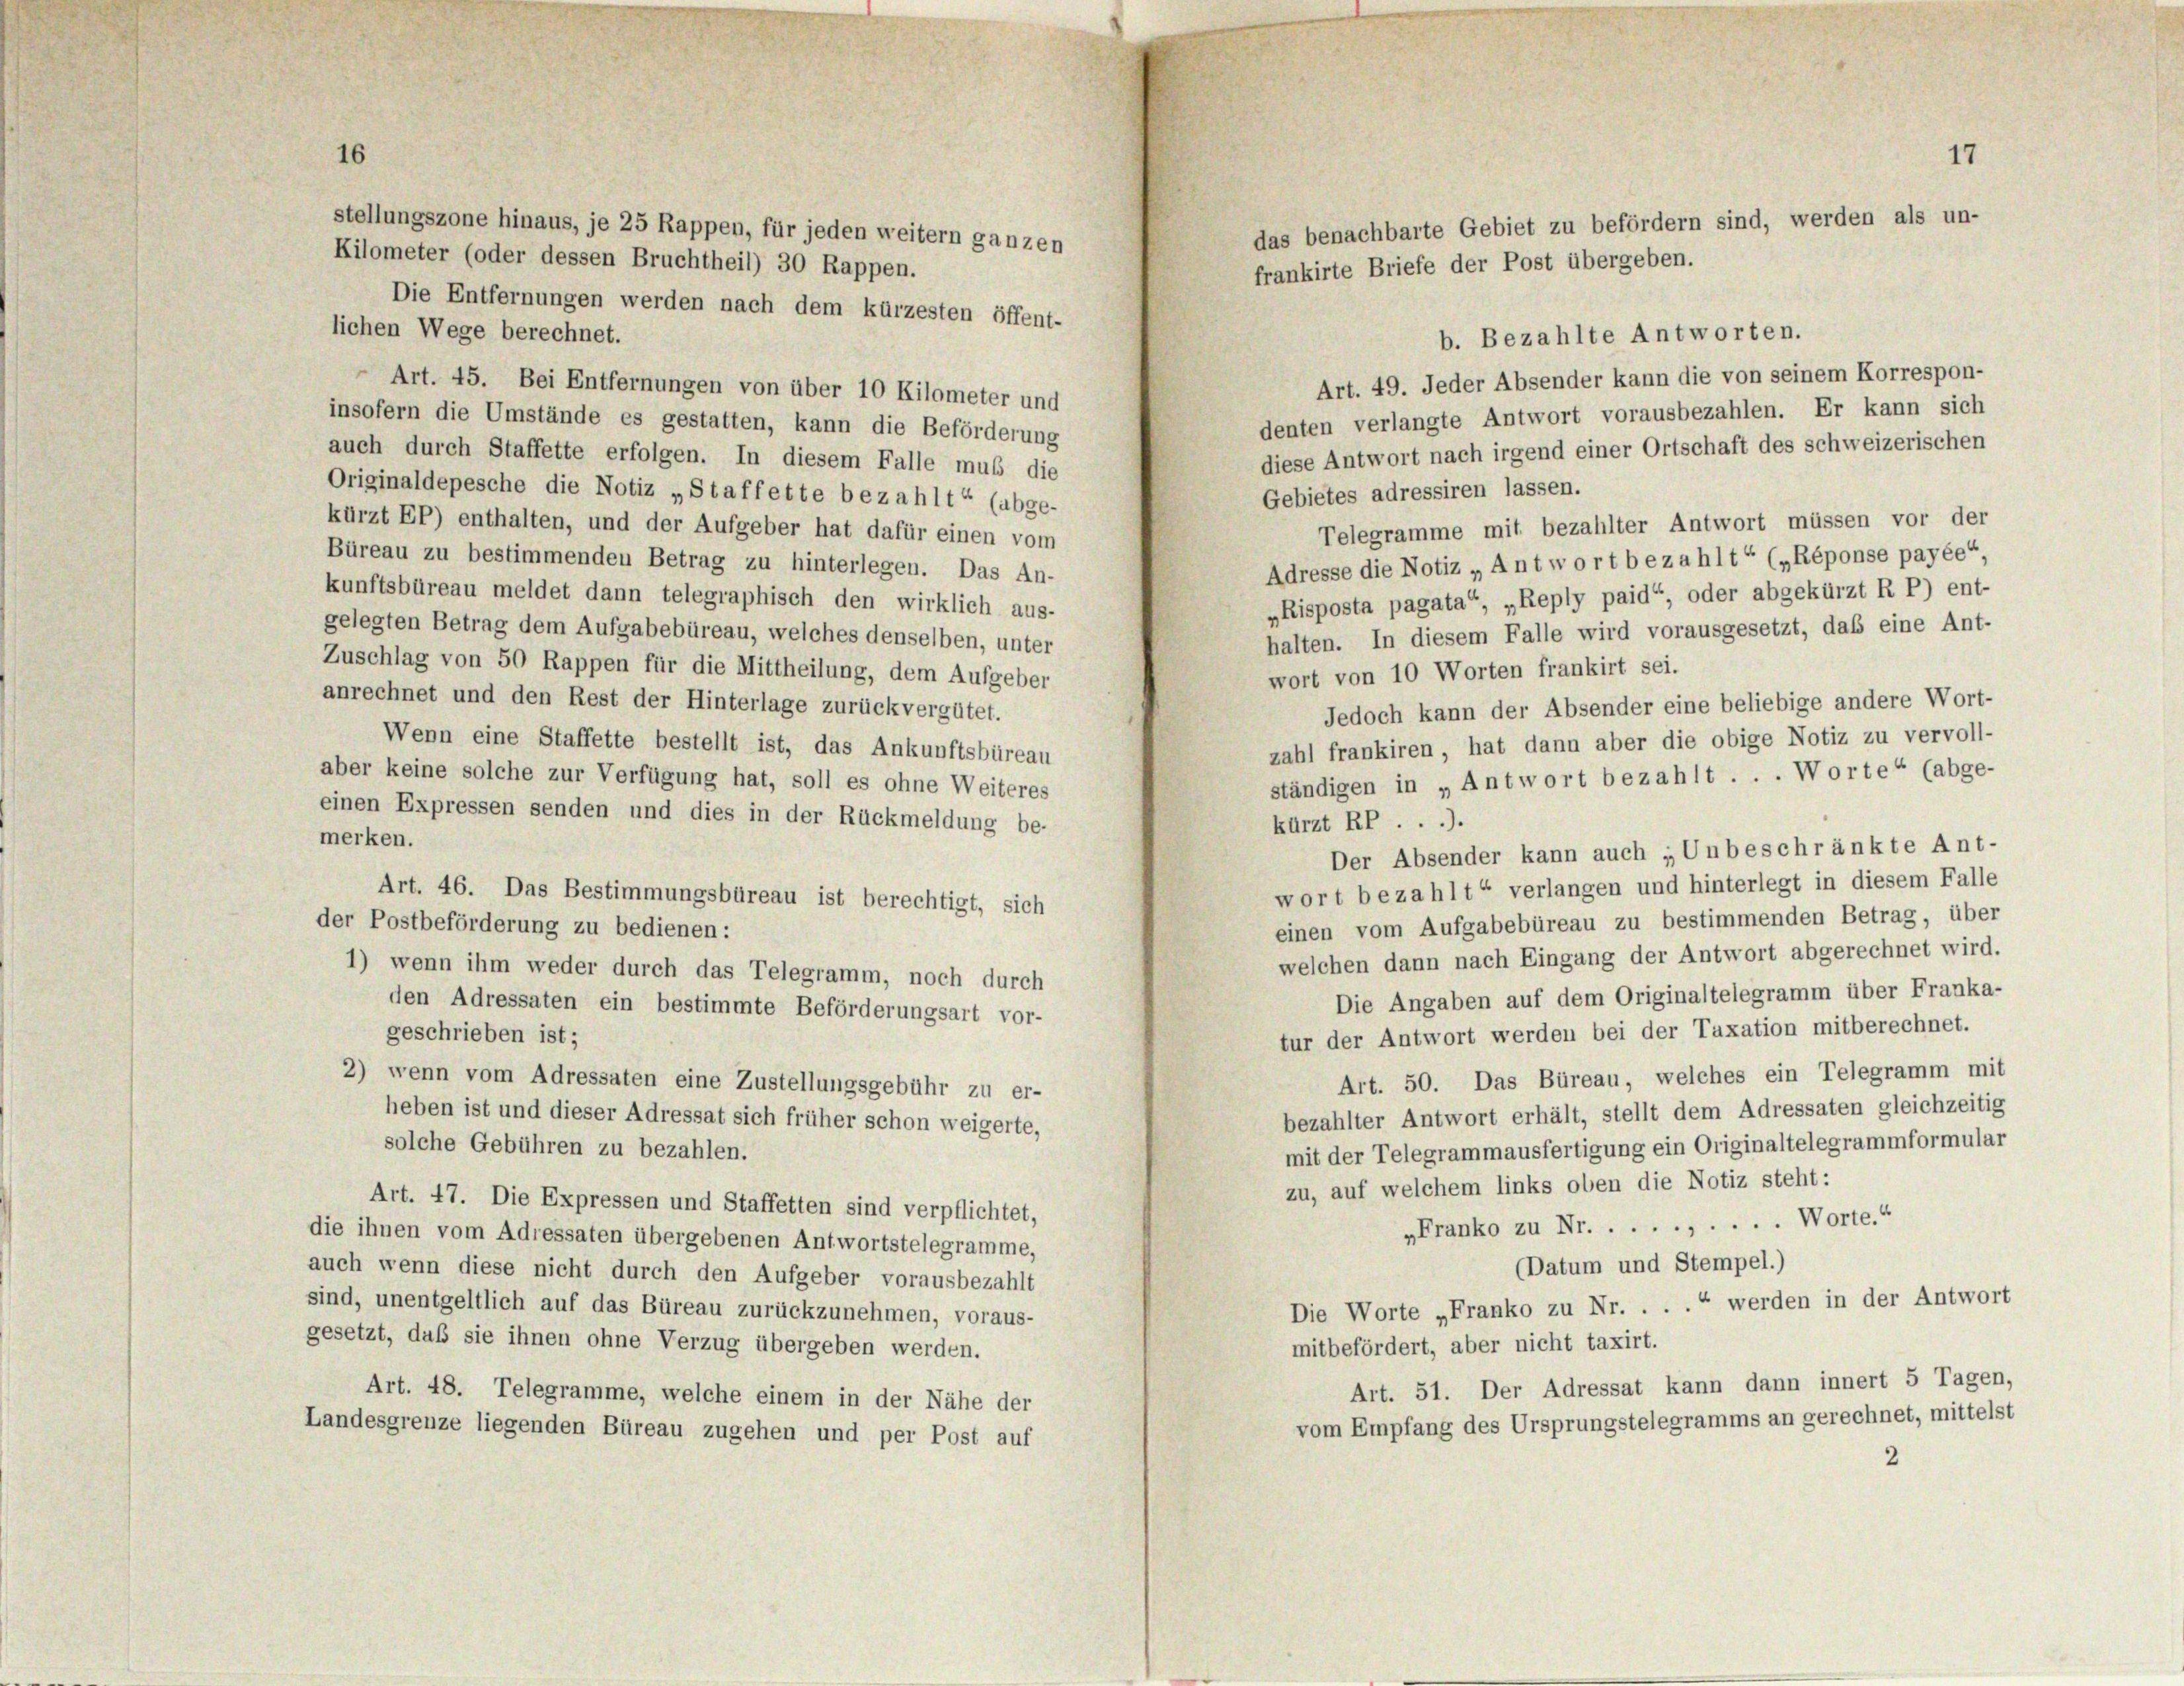
16

stellungszone hinaus, je 25 Rappen, für jeden weitern ganzen
Kilometer (oder dessen Bruchtheil) 30 Rappen.
Die Entfernungen werden nach dem kürzesten öffent-
lichen Wege berechnet.
 Art. 45. Bei Entfernungen von über 10 Kilometer und
insofern die Umstände es gestatten, kann die Beförderung
auch durch Staffette erfolgen. In diesem Falle mus die
Originaldepesche die Notiz „Staffette bezahlt“ (abge-
kürzt EP) enthalten, und der Aufgeber hat dafür einen vom
Büreau zu bestimmenden Betrag zu hinterlegen. Das An-
kunftsbüreau meldet dann telegraphisch den wirklich aus-
gelegten Betrag dem Aufgabebüreau, welches denselben, unter

frankirte Briefe der Post übergeben.
Art. 49. Jeder Absender kann die von seinem Korrespon-
denten verlangte Antwort vorausbezahlen. Er kann sich
diese Antwort nach irgend einer Ortschaft des schweizerischen
Gebietes adressiren lassen.
Telegramme mit bezahlter Antwort müssen vor der
Adresse die Notiz „Antwort bezahlt“ („Réponse payée“
„Risposta pagata“, „Reply paid“, oder abgekürzt R P) ent-
halten. In diesem Falle wird vorausgesetzt, das eine Ant-
Zuschlag von 50 Rappen für die Mittheilung, dem Aufgeber
wort von 10 Worten frankirt sei.
anrechnet und den Rest der Hinterlage zurückvergütet.
Jedoch kann der Absender eine beliebige andere Wort-
Wenn eine Staffette bestellt ist, das Ankunftsbüreau
zahl frankiren, hat dann aber die obige Notiz zu vervoll-
aber keine solche zur Verfügung hat, soll es ohne Weiteres
ständigen in „Antwort bezahlt . . . Worte“ (abge-
einen Expressen senden und dies in der Rückmeldung be-
kürzt RP.).
merken.
Der Absender kann auch „Unbeschränkte Ant-
wort bezahlt“ verlangen und hinterlegt in diesem Falle
Art. 46. Das Bestimmungsbüreau ist berechtigt, sich
einen vom Aufgabebüreau zu bestimmenden Betrag, über
der Postbeförderung zu bedienen:
welchen dann nach Eingang der Antwort abgerechnet wird.
1) wenn ihm weder durch das Telegramm, noch durch
Die Angaben auf dem Originaltelegramm über Franka-
den Adressaten ein bestimmte Beförderungsart vor-
tur der Antwort werden bei der Taxation mitberechnet.
geschrieben ist;
Art. 50. Das Büreau, welches ein Telegramm mit
2) wenn vom Adressaten eine Zustellungsgebühr zu er-
bezahlter Antwort erhält, stellt dem Adressaten gleichzeitig
heben ist und dieser Adressat sich früher schon weigerte,
solche Gebühren zu bezahlen.
mit der Telegrammausfertigung ein Originaltelegrammformular
zu, auf welchem links oben die Notiz steht:
Art. 47. Die Expressen und Staffetten sind verpflichtet,
„Franko zu Nr...... Worte.“
die ihnen vom Adressaten übergebenen Antwortstelegramme,
(Datum und Stempel.)
auch wenn diese nicht durch den Aufgeber vorausbezahlt
Die Worte „Franko zu Nr. . . .“ werden in der Antwort
sind, unentgeltlich auf das Büreau zurückzunehmen, voraus-
gesetzt, daß sie ihnen ohne Verzug übergeben werden.
mitbefördert, aber nicht taxirt.
Art. 51. Der Adressat kann dann innert 5 Tagen,
Art. 48. Telegramme, welche einem in der Nähe der
vom Empfang des Ursprungstelegramms an gerechnet, mittelst
Landesgrenze liegenden Büreau zugehen und per Post auf
2

17
das benachbarte Gebiet zu befördern sind, werden als un-

b. Bezahlte Antworten.